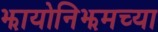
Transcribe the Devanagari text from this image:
झायोनिझमच्या